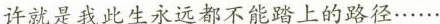
许就是我此生永远都不能踏上的路径……